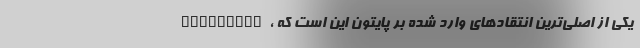
techradar، یکی از اصلی‌ترین انتقادهای وارد شده بر پایتون این است که